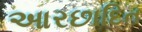
આરછાદિત